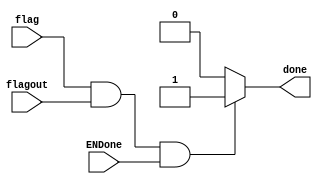
module DONE(
input flag,
input flagout,
output reg done,
input ENDone
);
//assign done = (flag==1'b1 && flagout ==1'b1)?1'b1:1'b0;
always @(*)begin
		if(flag ==1'b1 && flagout ==1'b1 && ENDone == 1'b1)
		done <= 1'b1;
		else
		done <= 1'b0;
end

endmodule